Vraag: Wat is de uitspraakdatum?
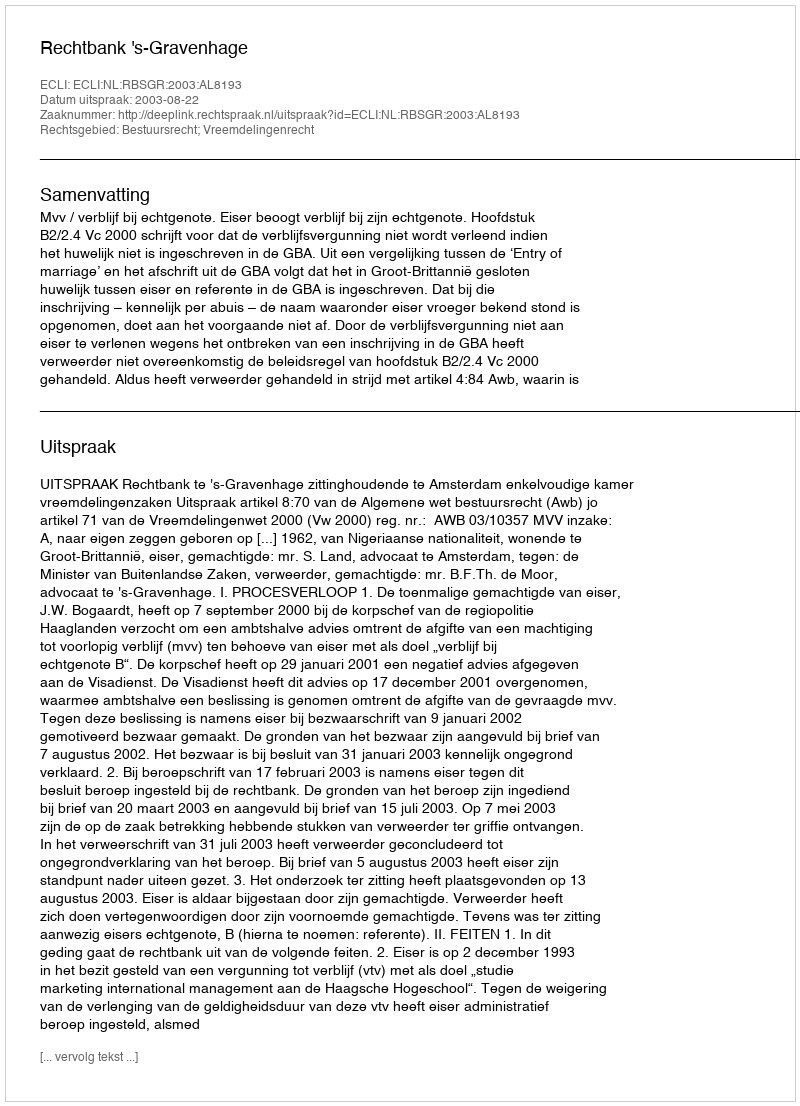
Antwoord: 2003-08-22